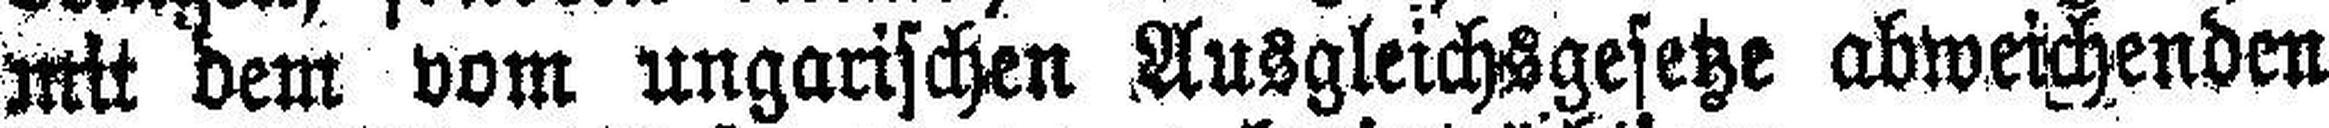
mit dem vom ungarischen Ausgleichsgesetze abweichenden